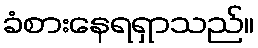
ခံစားနေရရှာသည်။